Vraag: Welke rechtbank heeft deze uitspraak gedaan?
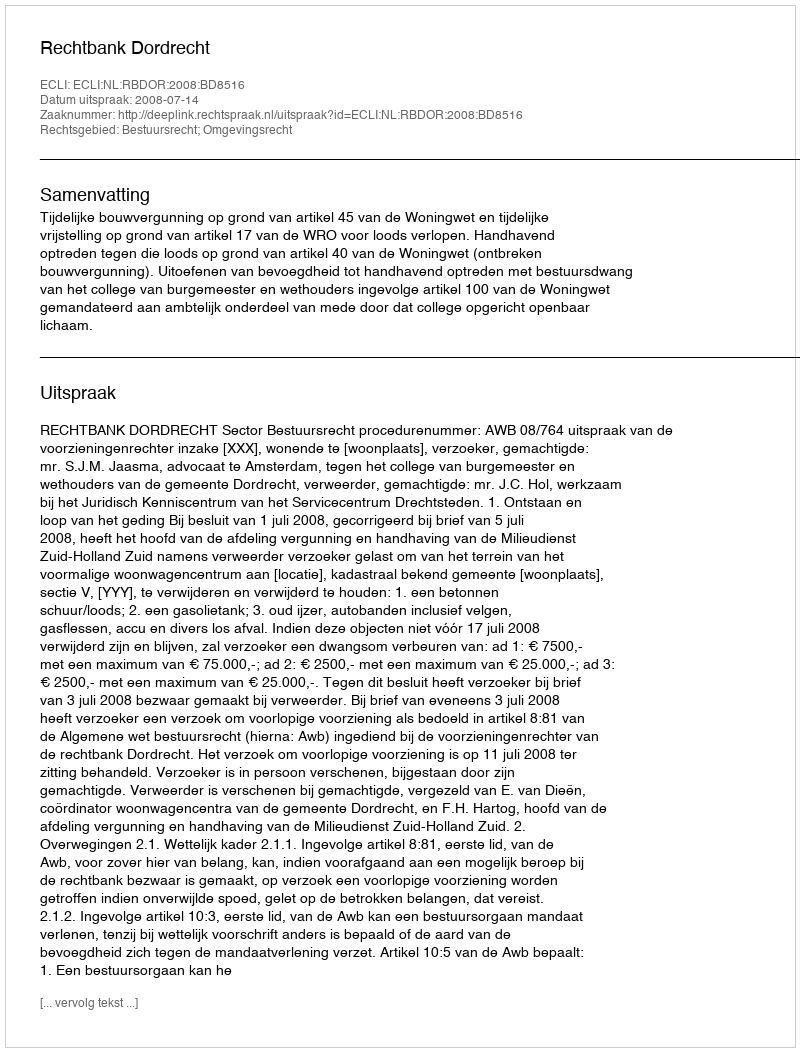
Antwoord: Rechtbank Dordrecht